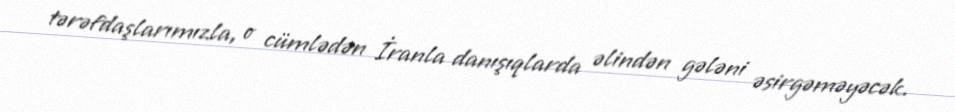
tərəfdaşlarımızla, o cümlədən İranla danışıqlarda əlindən gələni əsirgəməyəcək.